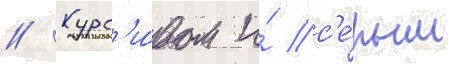
// Курс'и́вом и́ с'е́рым